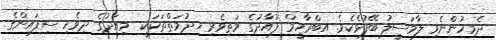
ދެމިހުންނެވި ލާމަސީލު ބޭފުޅެކެވެ. އިބްރާހީމް ފުއާދުގެ މަތިވެރި ޚިދުމަތްތަކަކީ  މިއަދުގެ ދިވެހި ސިފައިންގެ